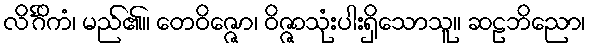
လိင်္ဂိကံ၊ မည်၏။ တေဝိဇ္ဇော၊ ဝိဇ္ဇာသုံးပါးရှိသောသူ။ ဆဠဘိညော၊